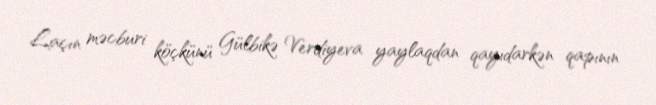
Laçın məcburi köçkünü Gülbikə Verdiyeva yaylaqdan qayıdarkən qapının